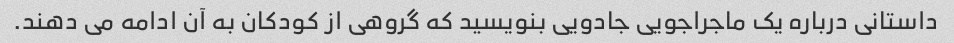
داستانی درباره یک ماجراجویی جادویی بنویسید که گروهی از کودکان به آن ادامه می دهند.